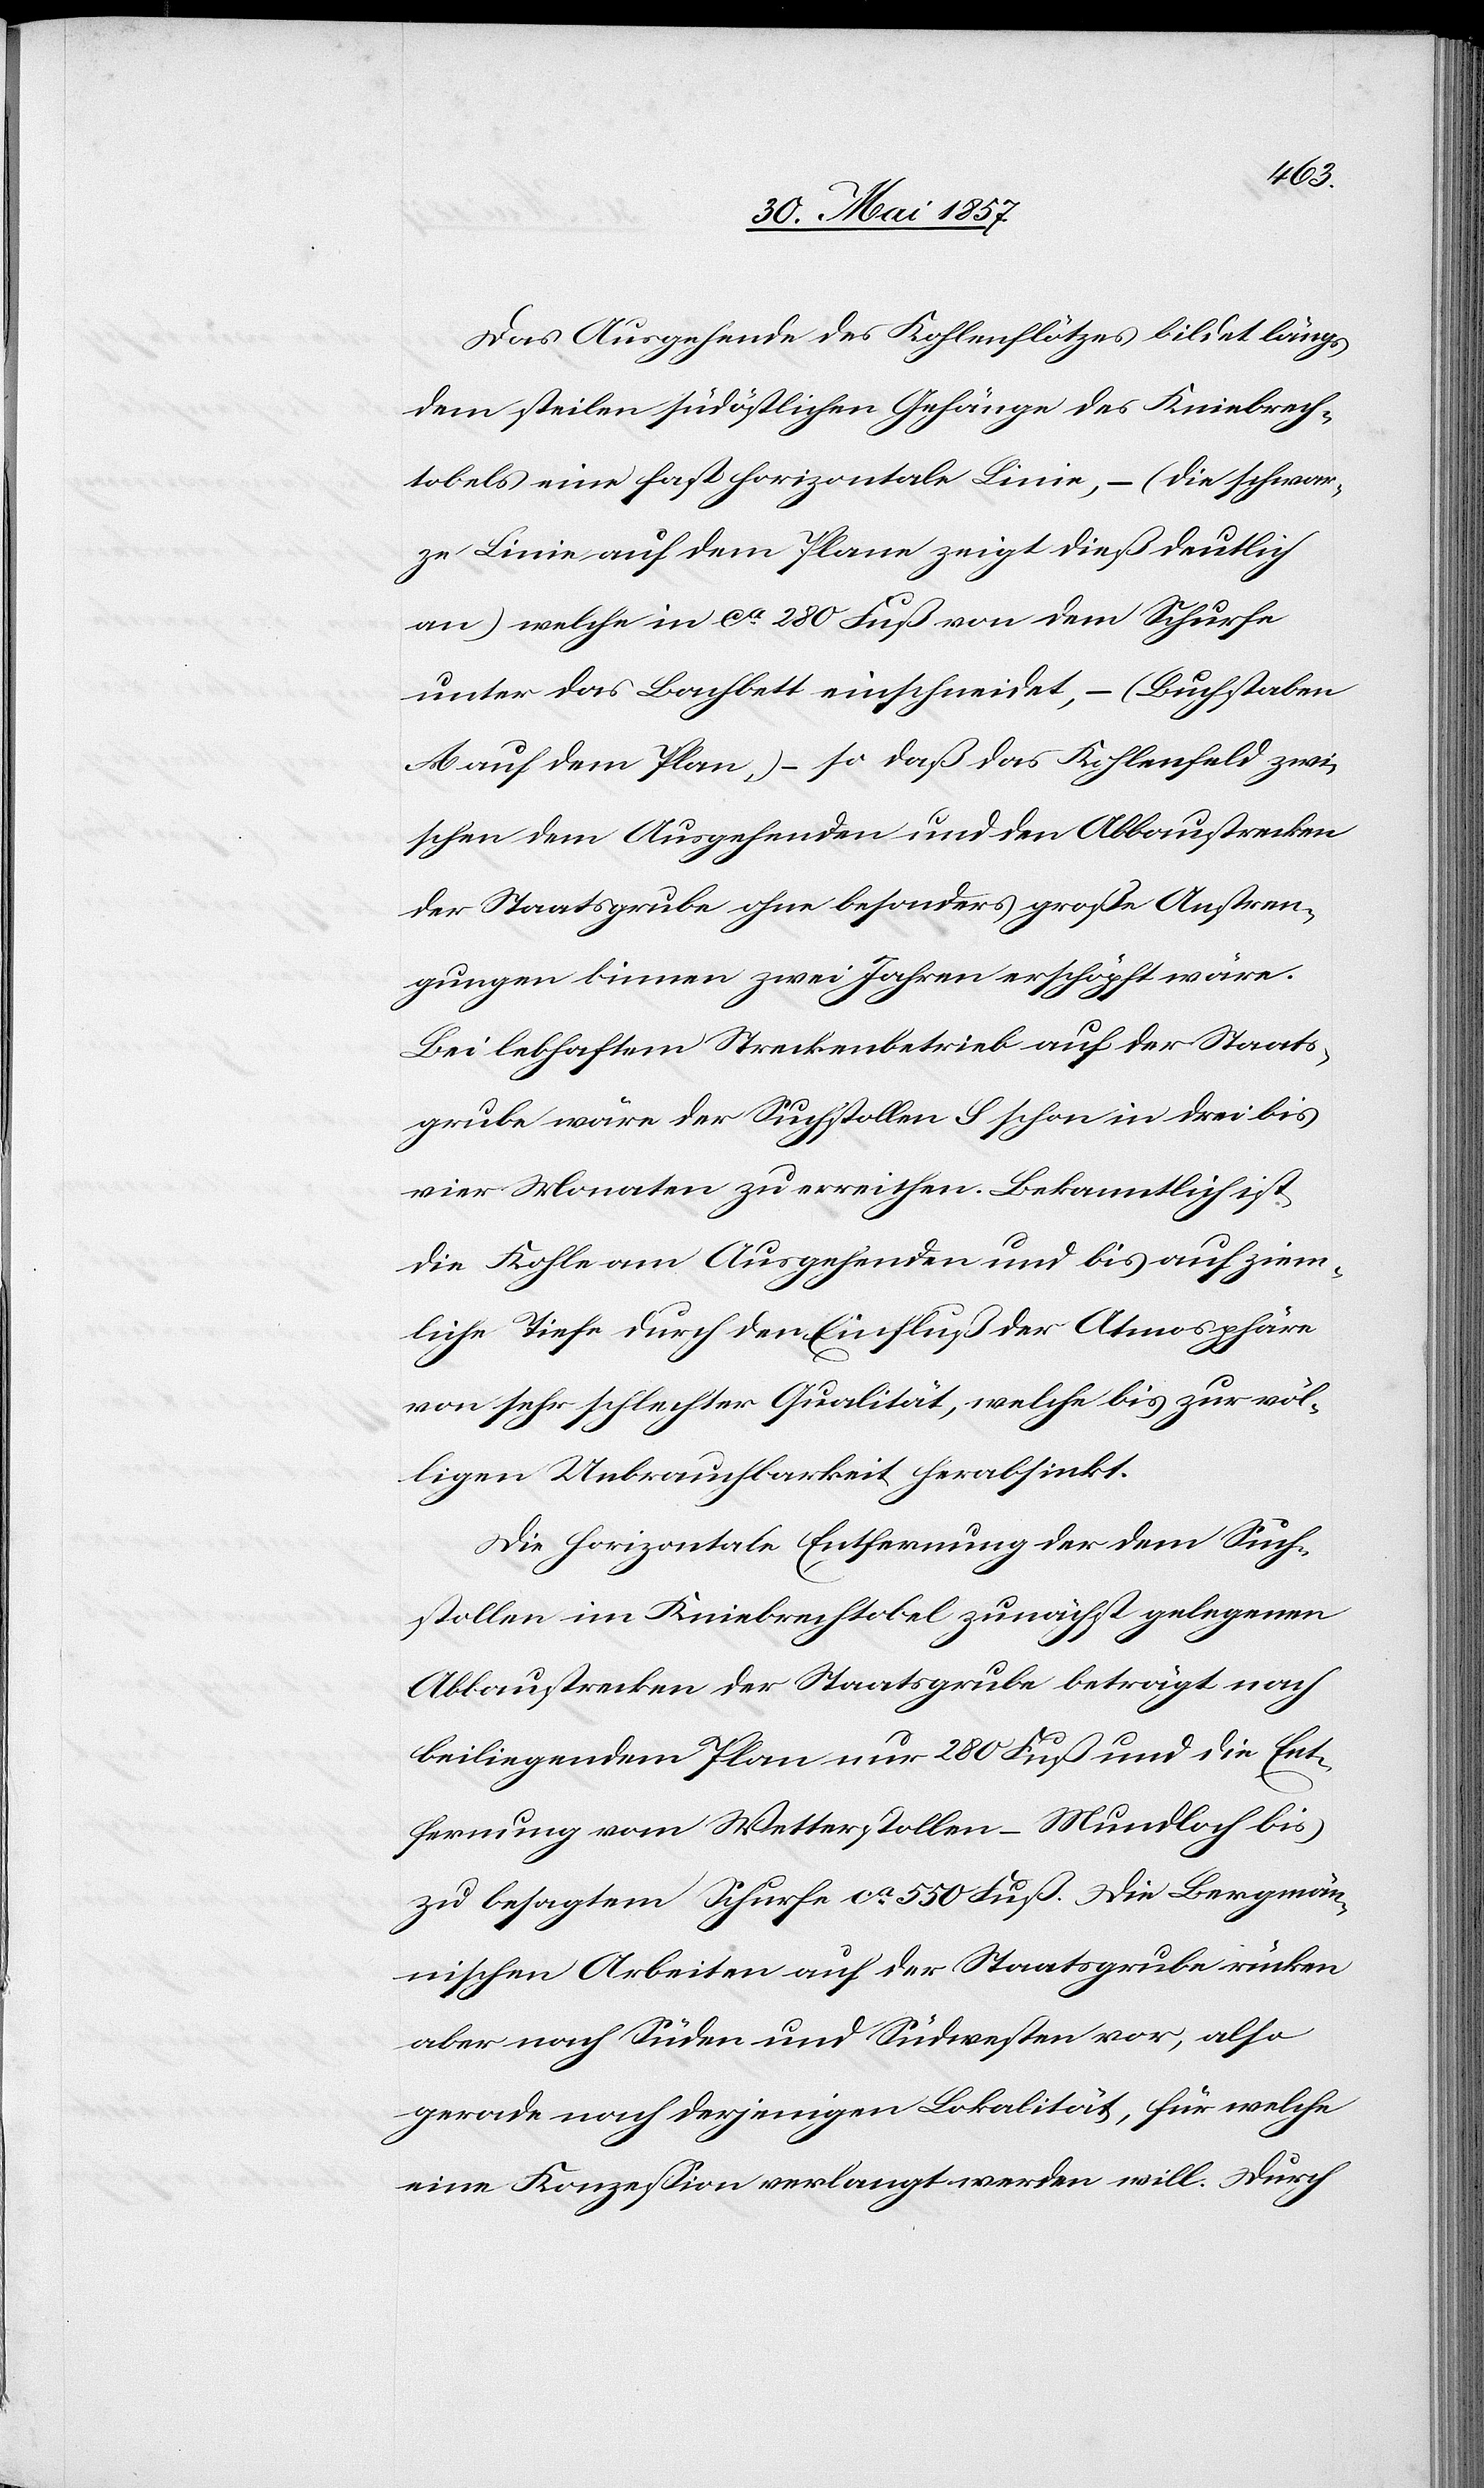
Das Ausgehende des Kohlenflötzes bildet längs
dem steilen südöstlichen Gehänge des Kniebrech¬
tobels eine fast horizontale Linie, – (die schwar¬
ze Linie auf dem Plane zeigt dieß deutlich
an) welche in ca 280 Fuß von dem Schurfe
unter das Bachbett einschneidet, – (Buchstaben
A auf dem Plan,) – so daß das Kohlenfeld zwi¬
schen dem Ausgehenden und den Abbaustrecken
der Staatsgrube ohne besonders große Anstren¬
gungen binnen zwei Jahren erschöpft wäre.
Bei lebhaftem Streckenbetrieb auf der Staats¬
grube wäre der Suchstollen S schon in drei bis
vier Monaten zu erreichen. Bekanntlich ist
die Kohle am Ausgehenden und bis auf ziem¬
liche Tiefe durch den Einfluß der Atmosphäre
von sehr schlechter Qualität, welche bis zur völ¬
ligen Unbrauchbarkeit herabsinkt.
Die horizontale Entfernung der dem Such¬
stollen im Kniebrechtobel zunächst gelegenen
Abbaustrecken der Staatsgrube beträgt nach
beiliegendem Plan nur 280 Fuß und die Ent¬
fernung vom Wetterstollen – Mundloch bis
zu besagtem Schurfe ca 550 Fuß. Die Bergmän¬
nischen Arbeiten auf der Staatsgrube rücken
aber nach Süden und Südwesten vor, also
gerade nach derjenigen Lokalität, für welche
eine Konzession verlangt werden will. Durch